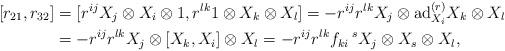
LaTeX: \begin{align*}[r_{21},r_{32}]&=[r^{ij}X_{j}\otimes X_{i}\otimes 1,r^{lk}1\otimes X_{k}\otimes X_{l}]= -r^{ij}r^{lk}X_{j}\otimes \mathrm{ad}^{(r)}_{X_{i}}X_{k}\otimes X_{l}\\&=-r^{ij}r^{lk}X_{j}\otimes [X_{k},X_{i}]\otimes X_{l}=-r^{ij}r^{lk}f_{ki}\,^{s}X_{j}\otimes X_{s}\otimes X_{l},\end{align*}